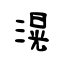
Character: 滉